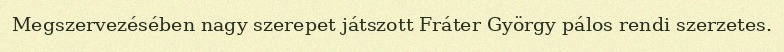
Megszervezésében nagy szerepet játszott Fráter György pálos rendi szerzetes.